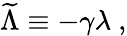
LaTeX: {\widetilde\Lambda}\equiv-\gamma\lambda~,